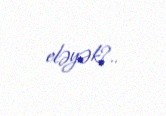
eləyək?..